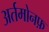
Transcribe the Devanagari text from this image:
अर्तमोनफ़